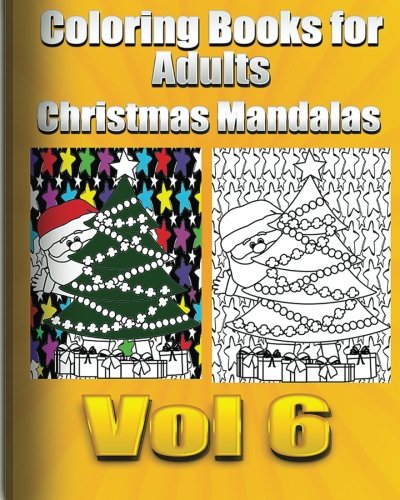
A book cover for Coloring Books For Adults Christmas Mandalas Vol6 (Holiday Mandalas ); Coloring Book Fun; Politics & Social Sciences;